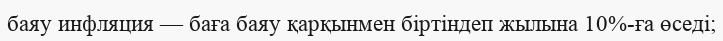
баяу инфляция — баға баяу қарқынмен біртіндеп жылына 10%-ға өседі;